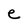
Character: e